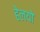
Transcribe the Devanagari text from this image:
हेलयो